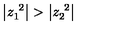
\left| z _ { 1 } ^ { \ 2 } \right| > \left| z _ { 2 } ^ { \ 2 } \right| \,